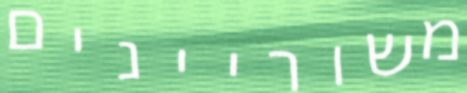
משוריינים